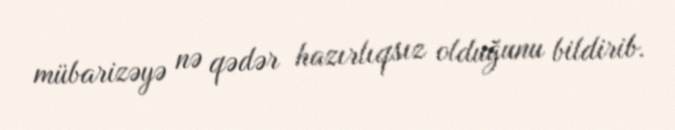
mübarizəyə nə qədər hazırlıqsız olduğunu bildirib.